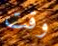
وقت